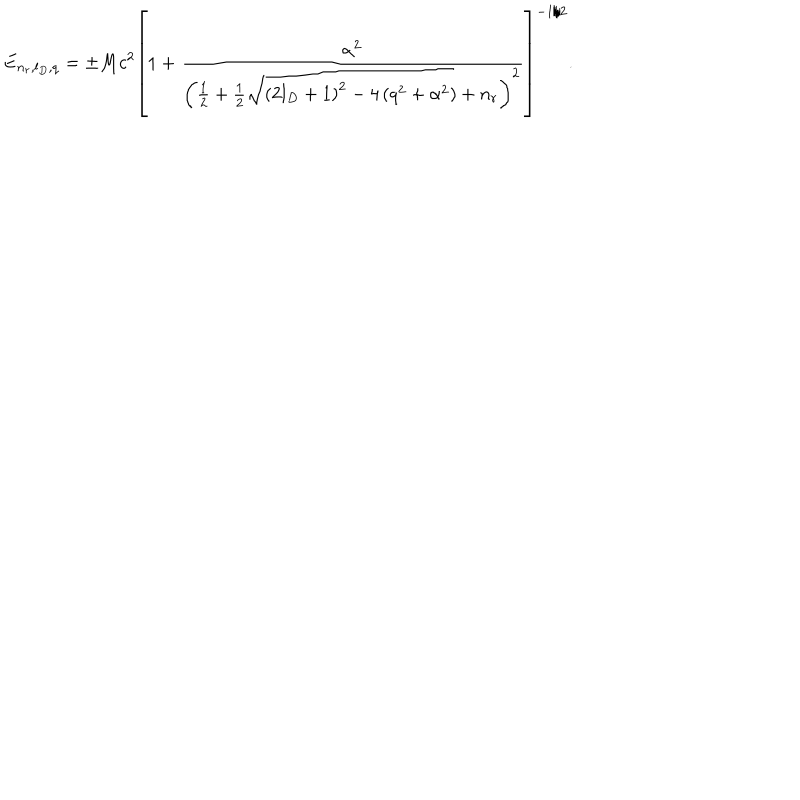
E _ { n _ { r } , l _ { D } , q } = \pm M c ^ { 2 } \left[ 1 + \frac { \alpha ^ { 2 } } { \left( \frac 1 2 + \frac 1 2 \sqrt { \left( 2 l _ { D } + 1 \right) ^ { 2 } - 4 \left( q ^ { 2 } + \alpha ^ { 2 } \right) } + n _ { r } \right) ^ { 2 } } \right] ^ { - 1 / 2 } .